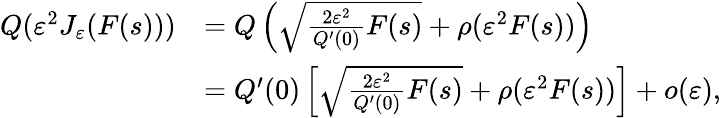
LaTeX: \begin{array}{rl}{Q(\varepsilon^{2}J_{\varepsilon}(F(s)))}&{=Q\left(\sqrt{\frac{2\varepsilon^{2}}{Q^{\prime}(0)}F(s)}+\rho(\varepsilon^{2}F(s))\right)}\\ &{=Q^{\prime}(0)\left[\sqrt{\frac{2\varepsilon^{2}}{Q^{\prime}(0)}F(s)}+\rho(\varepsilon^{2}F(s))\right]+o(\varepsilon),}\end{array}